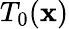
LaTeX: T_{0}(\mathbf{x})